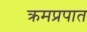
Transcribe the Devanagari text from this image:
क्रमप्रपात